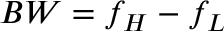
B W = f _ { H } - f _ { L }